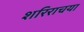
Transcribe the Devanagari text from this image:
शरिराचया